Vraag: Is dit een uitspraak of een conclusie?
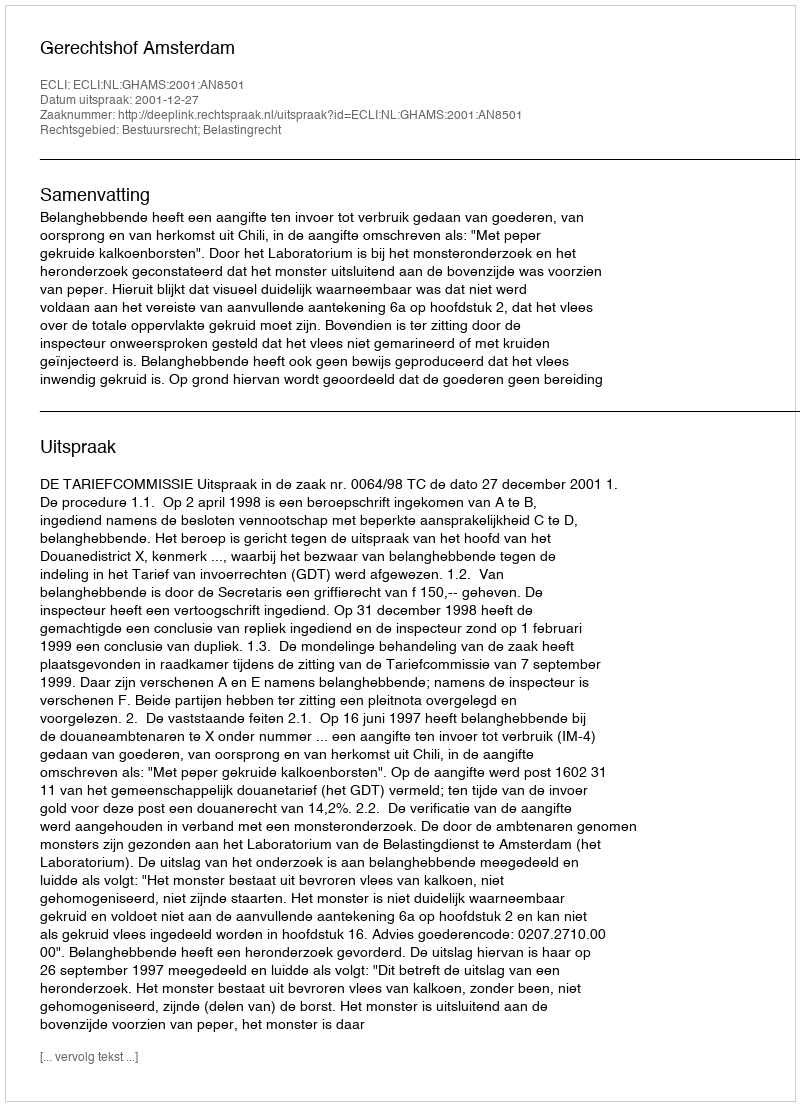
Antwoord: Uitspraak